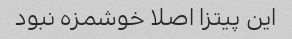
این پیتزا اصلا خوشمزه نبود